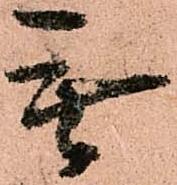
無